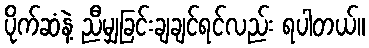
ပိုက်ဆံနဲ့ ညီမျှခြင်းချချင်ရင်လည်း ရပါတယ်။